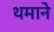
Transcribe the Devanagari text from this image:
थमाने